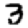
Digit: 3